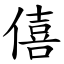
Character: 僖